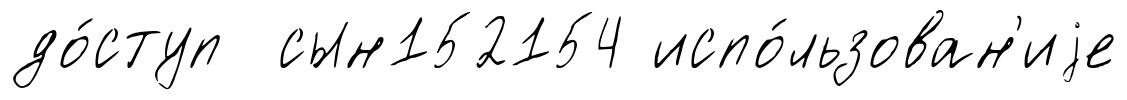
до́ступ сын152154 испо́льзован'иjе